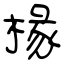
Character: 椽